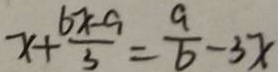
x + \frac { b x - a } { 3 } = \frac { a } { b } - 3 x